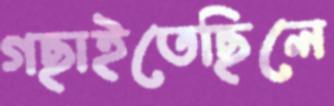
গছাইতেছিলে